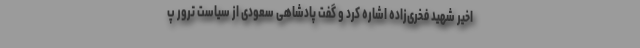
اخیر شهید فخری‌زاده اشاره کرد و گفت پادشاهی سعودی از سیاست ترور پ